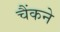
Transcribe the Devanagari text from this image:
चैंकने